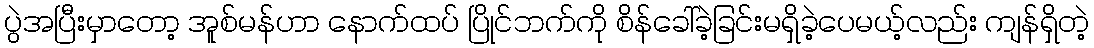
ပွဲအပြီးမှာတော့ အူစ်မန်ဟာ နောက်ထပ် ပြိုင်ဘက်ကို စိန်ခေါ်ခဲ့ခြင်းမရှိခဲ့ပေမယ့်လည်း ကျန်ရှိတဲ့